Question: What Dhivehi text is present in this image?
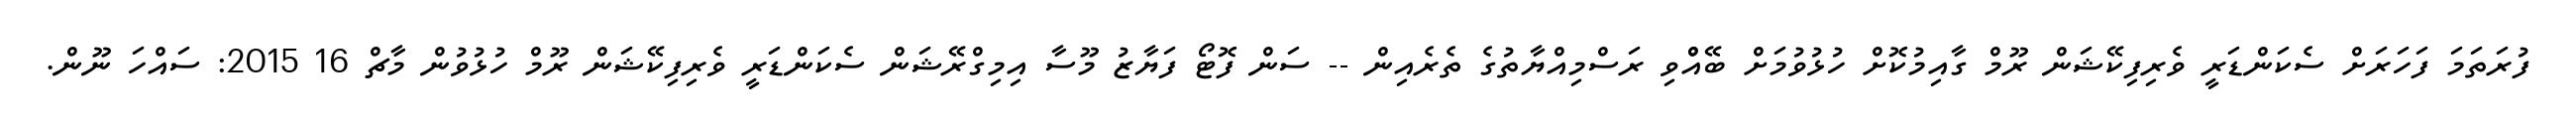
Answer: ފުރަތަމަ ފަހަރަށް ސެކަންޑަރީ ވެރިފިކޭޝަން ރޫމް ގާއިމުކޮށް ހުޅުވުމަށް ބޭއްްވި ރަސްމިއްޔާތުގެ ތެރެއިން -- ސަން ފޮޓޯ ފަޔާޒު މޫސާ އިމިގްރޭޝަން ސެކަންޑަރީ ވެރިފިކޭޝަން ރޫމް ހުޅުވުން މާޗް 16 2015: ސައްހަ ނޫން.